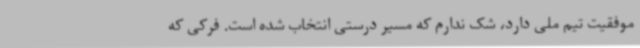
موفقیت تیم ملی دارد، شک ندارم که مسیر درستی انتخاب شده است. فرکی که